Scottish Leaving Certificate Examination, 1955
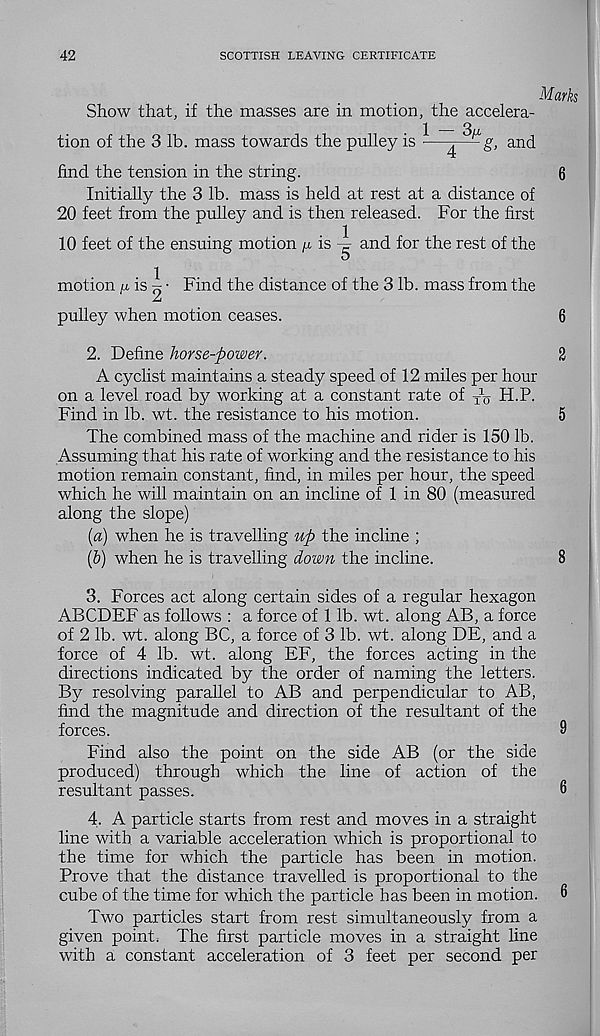
42
SCOTTISH LEAVING CERTIFICATE
Marks
Show that, if the masses are in motion, the accelera-
tion of the 3 lb. mass towards the pulley is •—and
find the tension in the string.
6
Initially the 3 lb. mass is held at rest at a distance of
20 feet from the pulley and is then released. For the first
10 feet of the ensuing motion /i, is ^ and for the rest of the
motion ^ is ^ • Find the distance of the 3 lb. mass from the
pulley when motion ceases.
6
2. Define horse-power.
2
A cyclist maintains a steady speed of 12 miles per hour
on a level road by working at a constant rate of Ao H-P.
Find in lb. wt. the resistance to his motion.
5
The combined mass of the machine and rider is 150 lb.
Assuming that his rate of working and the resistance to his
motion remain constant, find, in miles per hour, the speed
which he will maintain on an incline of 1 in 80 (measured
along the slope)
(a) when he is travelling up the incline ;
(b) when he is travelling down the incline.
8
3. Forces act along certain sides of a regular hexagon
ABCDEF as follows : a force of 1 lb. wt. along AB, a force
of 2 lb. wt. along BC, a force of 3 lb. wt. along DE, and a
force of 4 lb. wt. along EF, the forces acting in the
directions indicated by the order of naming the letters.
By resolving parallel to AB and perpendicular to AB,
find the magnitude and direction of the resultant of the
forces.
9
Find also the point on the side AB (or the side
produced) through which the line of action of the
resultant passes.
6
4. A particle starts from rest and moves in a straight
line with a variable acceleration which is proportional to
the time for which the particle has been in motion.
Prove that the distance travelled is proportional to the
cube of the time for which the particle has been in motion. 6
Two particles start from rest simultaneously from a
given point. The first particle moves in a straight line
with a constant acceleration of 3 feet per second per